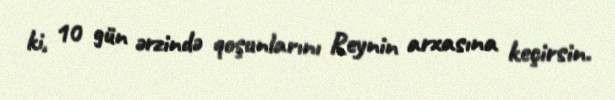
ki, 10 gün ərzində qoşunlarını Reynin arxasına keçirsin.